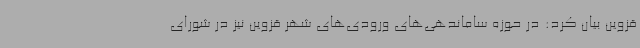
قزوین بیان کرد: در حوزه ساماندهی‌های ورودی‌های شهر قزوین نیز در شورای